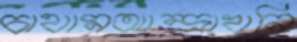
চাথামআন্দ্রাখনি